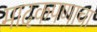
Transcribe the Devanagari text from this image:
मादकपणाचा